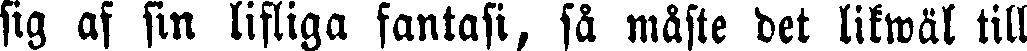
sig af sin lifliga fantasi, så mäste det likwäl till